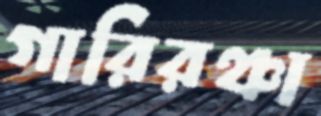
গারিরঞ্চা